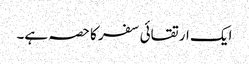
ایک ارتقائی سفر کا حصہ ہے۔